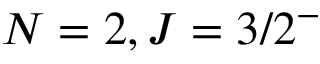
N = 2 , J = 3 / 2 ^ { - }